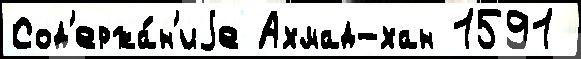
Сод'ержа́н'иjе Ахмад-хан 1591